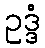
ဥဒ္ဒံ